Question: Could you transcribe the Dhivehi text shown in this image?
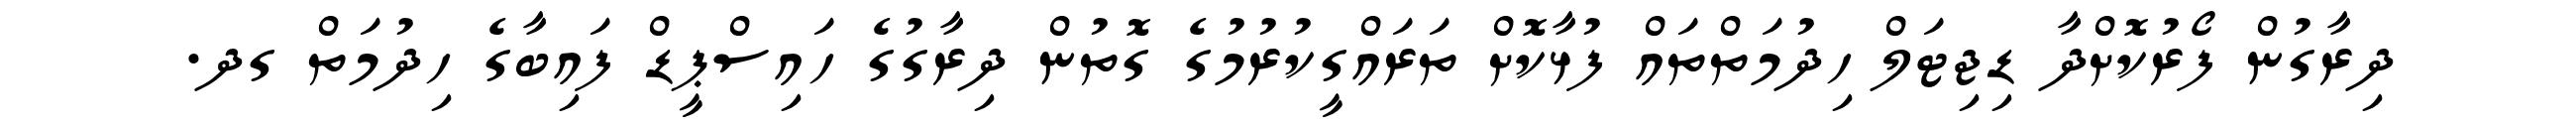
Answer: ދިރާގުން ފޯރުކޮށްދާ ޑިޖިޓަލް ހިދުމަތްތައް ފުޅާކޮށް ތަރައްގީކުރުމުގެ ގޮތުން ދިރާގުގެ ހައިސްޕީޑް ފައިބާގެ ހިދުމަތް ގދ.